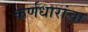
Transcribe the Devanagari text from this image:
कर्णधारांचा